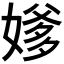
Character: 𪦕